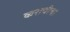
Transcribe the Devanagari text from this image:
कराचीचा